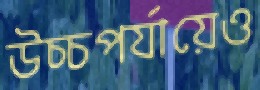
উচ্চপর্যায়েও